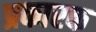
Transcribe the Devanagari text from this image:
प्रकारक